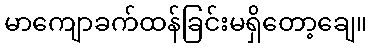
မာကျောခက်ထန်ခြင်းမရှိတော့ချေ။